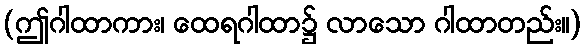
(ဤဂါထာကား၊ ထေရဂါထာ၌ လာသော ဂါထာတည်း။)